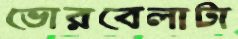
ভোরবেলাটা